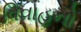
વિવાહનો